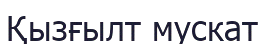
Қызғылт мускат